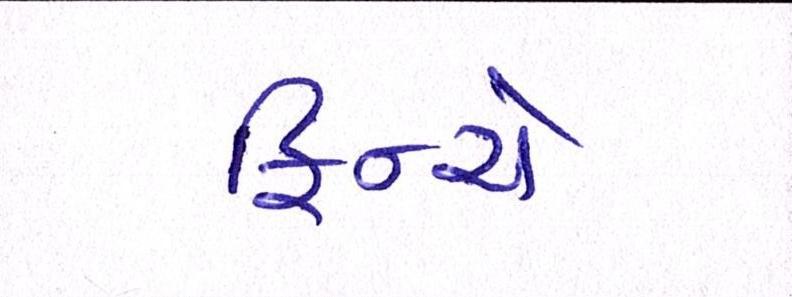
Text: ફિન્ચે